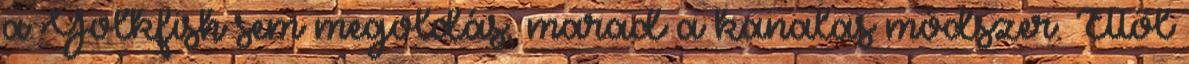
a Yolkfish sem megoldás, marad a kanalas módszer. Ettől